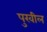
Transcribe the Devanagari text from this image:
पुरवील